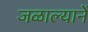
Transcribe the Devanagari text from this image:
जळाल्यानें